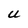
Character: U